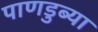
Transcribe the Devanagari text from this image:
पाणडुब्या